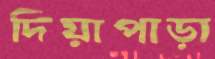
দিয়াপাড়া